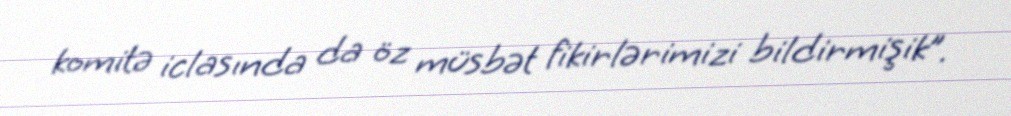
komitə iclasında da öz müsbət fikirlərimizi bildirmişik”.